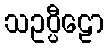
သဥပ္ပီဠော